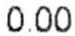
0.00